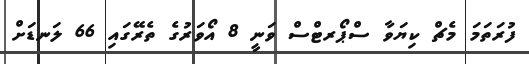
ފުރަތަމަ މެޗް ކިޔަވާ ސްޕޯރޓްސް ވަނީ 8 އޯވަރުގެ ތެރޭގައި 66 ލަނޑަށް